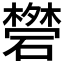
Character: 𥖥